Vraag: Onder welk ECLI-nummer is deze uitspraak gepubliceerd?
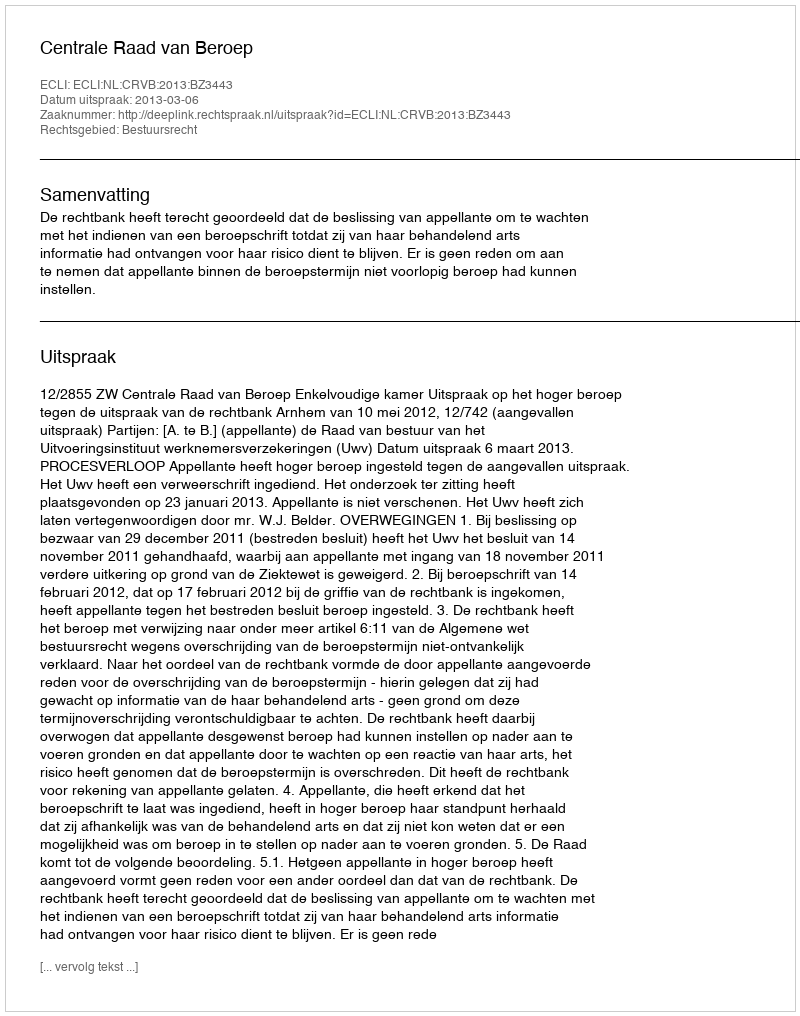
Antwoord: ECLI:NL:CRVB:2013:BZ3443